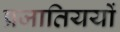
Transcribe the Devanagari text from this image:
प्रजातिययों